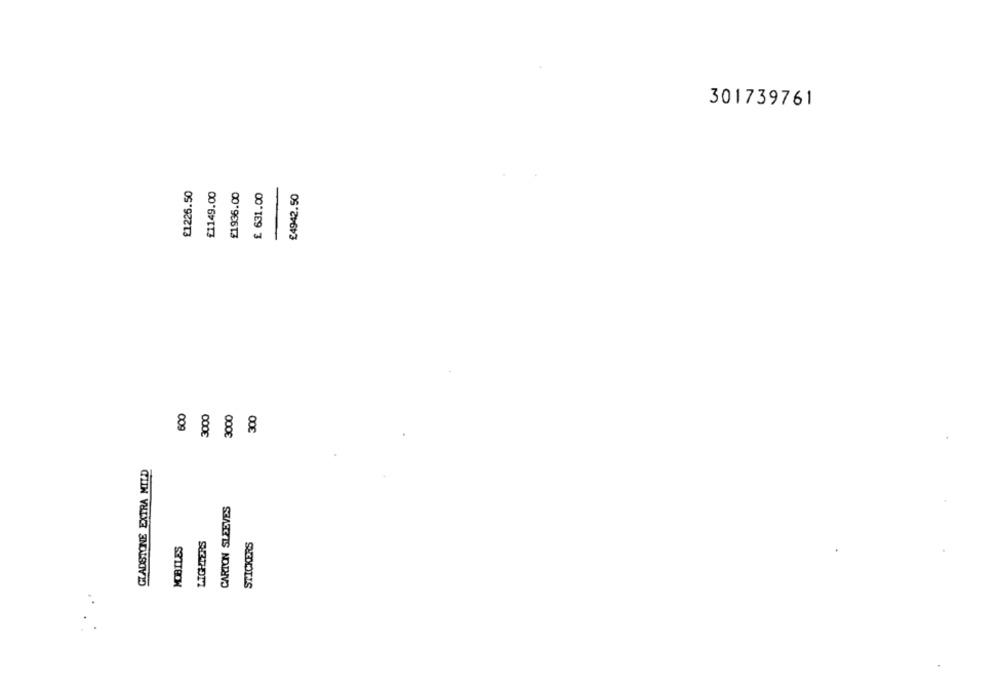
301739761
£1226.50
£1149.00
£1936.00
£ 631.00
£4942.50
600
3000
3000
300
GLADSTONE EXTRA MILD
CARTON SLEEVES
MOBILES
LIGHTERS
STICKERS